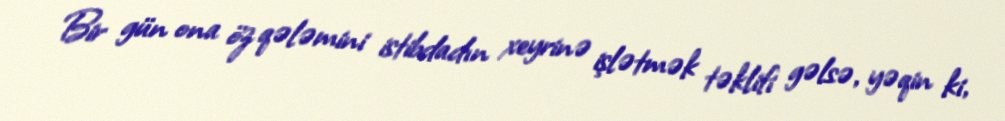
Bir gün ona öz qələmini istibdadın xeyrinə işlətmək təklifi gəlsə, yəqin ki,